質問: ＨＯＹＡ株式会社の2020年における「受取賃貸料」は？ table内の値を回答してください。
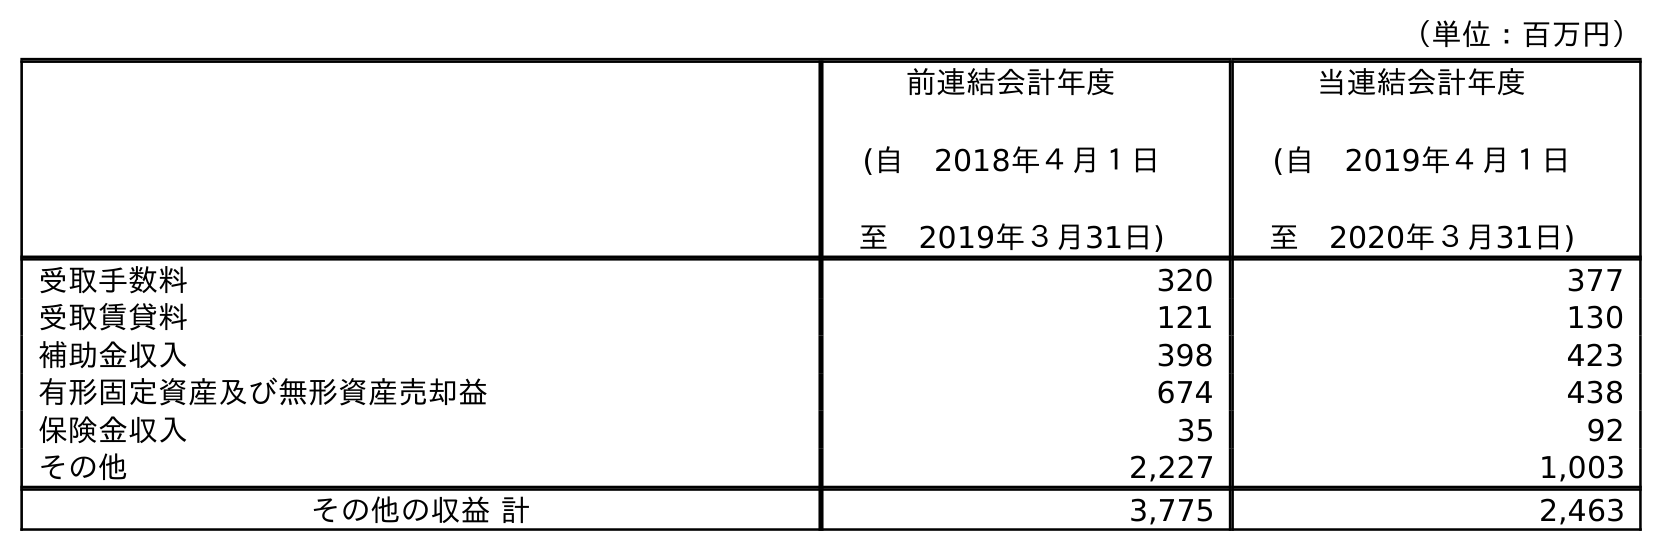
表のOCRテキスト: （単位：百万円） 前連結会計年度 (自 2018年４月１日 至 2019年３月31日) 当連結会計年度 (自 2019年４月１日 至 2020年３月31日) 受取手数料 320 377 受取賃貸料 121 130 補助金収入 398 423 有形固定資産及び無形資産売却益 674 438 保険金収入 35 92 その他 2,227 1,003 その他の収益 計 3,775 2,463
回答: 130